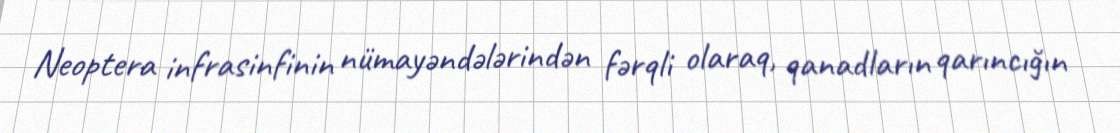
Neoptera infrasinfinin nümayəndələrindən fərqli olaraq, qanadların qarıncığın